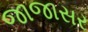
જાજાસર